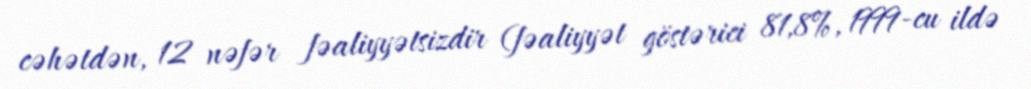
cəhətdən, 12 nəfər fəaliyyətsizdir (fəaliyyət göstərici 81,8%, 1999-cu ildə